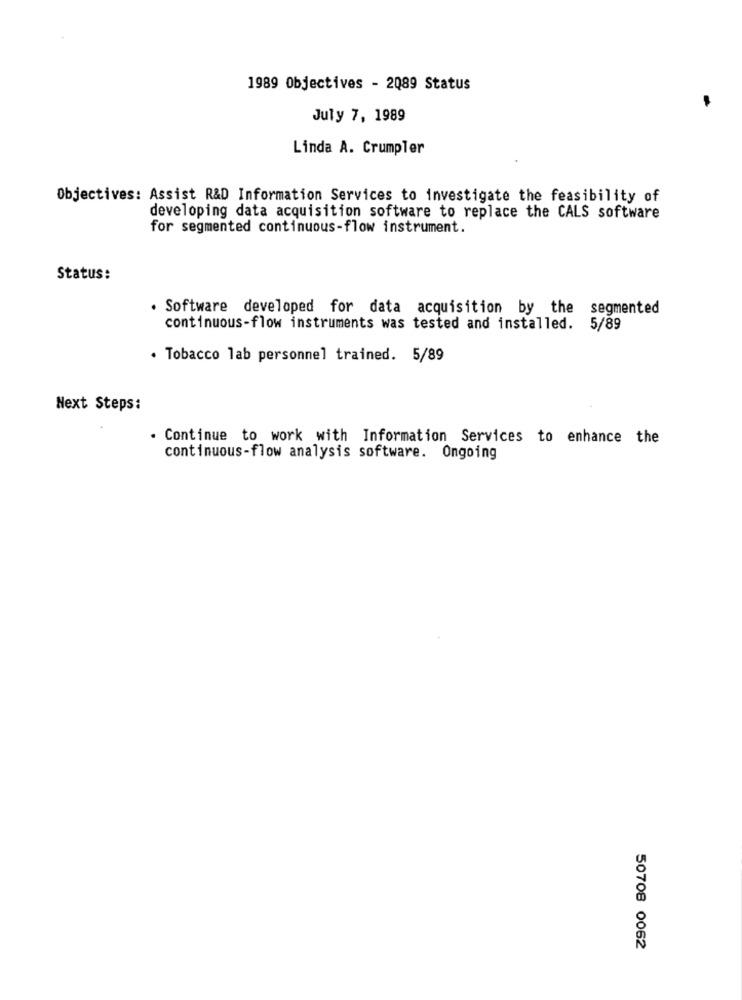
1989 Objectives - 2089 Status
July 7, 1989
Linda A. Crumpler
Objectives: Assist R&D Information Services to investigate the feasibility of
developing data acquisition software to replace the CALS software
for segmented continuous-flow instrument.
Status:
. Software developed for data acquisition by the segmented
continuous-flow instruments was tested and installed. 5/89
. Tobacco lab personnel trained. 5/89
Next Steps:
. Continue to work with Information Services to enhance the
continuous-flow analysis software. Ongoing
50708 0062